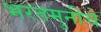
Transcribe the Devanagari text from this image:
भरतमुनीचे